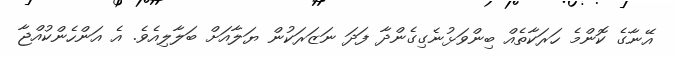
އޭނާގެ ކޮންމެ ހަރަކާތެއް ބިންވަޅުނެގިގެންދާ ފަދަ ނަޒަރަކުން ޔަލާއަށް ބަލާލިއެވެ. އެ އަންހެންކުއްޖާ